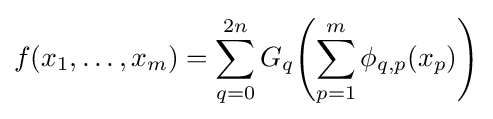
f(x_{1},\ldots ,x_{m})=\sum _{q=0}^{2n}G_{q}\!\left(\sum _{p=1}^{m}\phi _{q,p}(x_{p})\right)